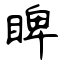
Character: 睥